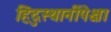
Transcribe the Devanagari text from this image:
हिंदुस्थानींपेक्षा